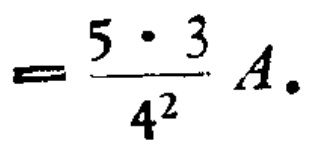
$=\frac{5\cdot3}{4^{2}}A.$